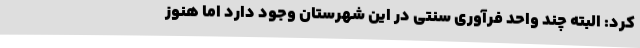
کرد: البته چند واحد فرآوری سنتی در این شهرستان وجود دارد اما هنوز